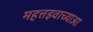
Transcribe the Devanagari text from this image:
महत्तइवाच्याआ